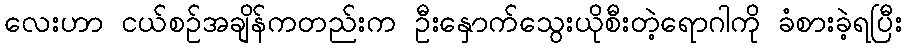
လေးဟာ ငယ်စဉ်အချိန်ကတည်းက ဦးနှောက်သွေးယိုစီးတဲ့ရောဂါကို ခံစားခဲ့ရပြီး